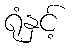
ရုံနှင့်